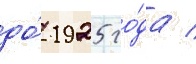
до́ 1925 го́да /